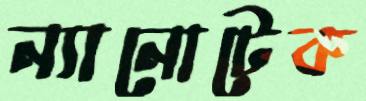
ন্যানোটেক